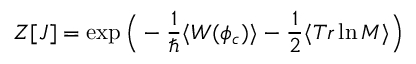
Z [ J ] = \exp \Big ( - \frac { 1 } { \hbar } \langle W ( \phi _ { c } ) \rangle - \frac { 1 } { 2 } \langle T r \ln { \cal M } \rangle \Big )